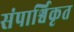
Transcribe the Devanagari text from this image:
संपार्श्विकृत